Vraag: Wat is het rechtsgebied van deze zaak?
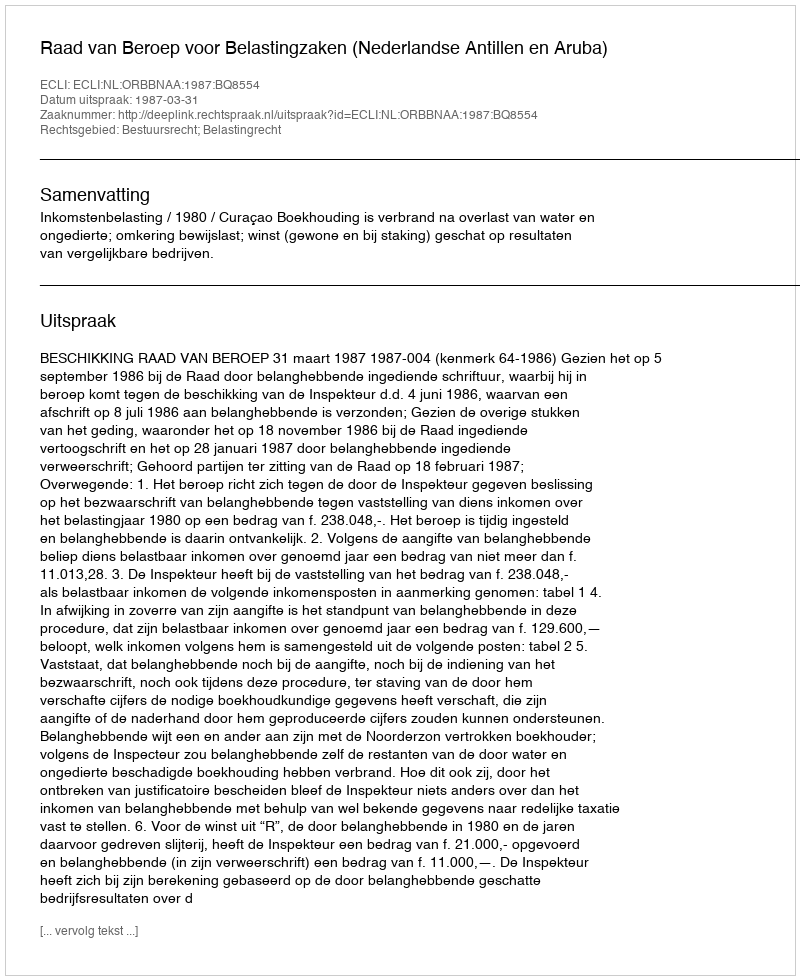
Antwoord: Bestuursrecht; Belastingrecht